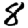
Digit: 8